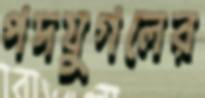
পদযুগলের